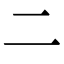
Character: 𠄞